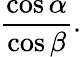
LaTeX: {\frac{\cos\alpha}{\cos\beta}}.